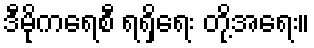
ဒီမိုကရေစီ ရရှိရေး တို့အရေး။